Lunatic asylums in Bengal annual reports 1888-1898 - 1888-1898
Year: 1888
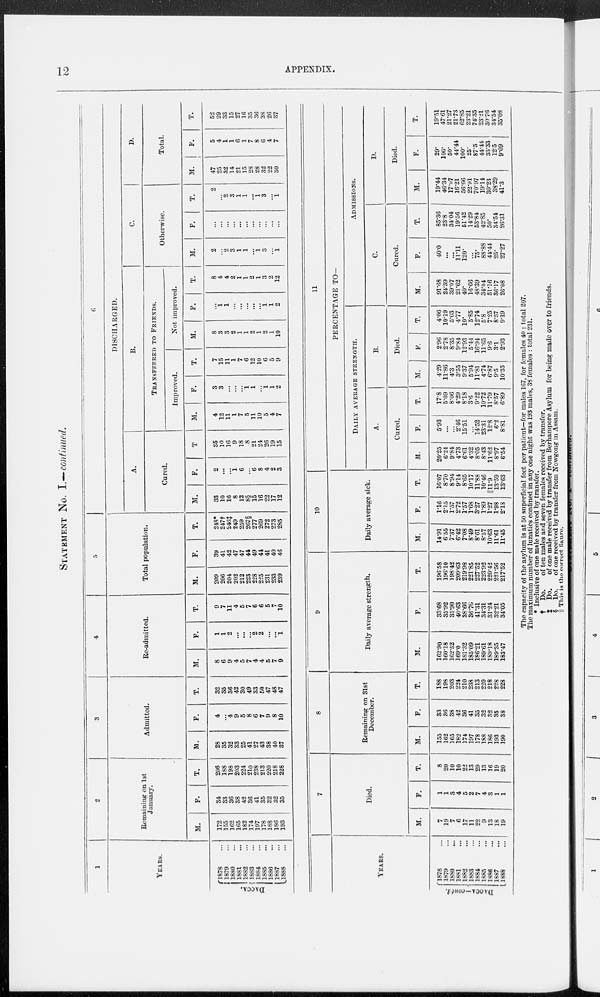
12
APPENDIX.
1
YEARS.
DACCA.
1878 ...
1879 ...
1880 ...
1881 ...
1882 ...
1883 ...
1884 ...
1885 ...
1886 ...
1887 ...
1888 ...
2
Remaining on 1st
January.
M.
172
155
162
165
182
174
197
178
188
186
193
F.
34
33
36
38
42
36
41
35
32
32
35
T.
206
188
198
203
224
210
238
213
220
218
228
3
Admitted.
M.
28
35
32
33
25
41
27
43
38
40
37
F.
4
...
4
9
5
8
6
7
9
8
10
T.
32
...
36
42
30
49
33
50
47
48
47
4
Re-admitted.
M.
8
6
9
4
5
7
4
4
5
7
9
F.
1
1
2
...
...
...
2
2
...
...
1
T.
9
7
11
4
5
7
6
6
5
7
10
5
Total population.
M.
209
206
204
202
212
223
228
225
231
233
239
F.
39
41
42
47
47
44
49
44
41
40
46
T.
248*
247†
246‡
249
259
267§
277
269
272
273
285
6
DISCHARGED.
A.
Cured.
M.
33
10
16
8
12
8§
15
16
22
17
12
F.
2
...
...
1
6
...
6
8
4
2
3
T
35
10
16
9
18
8
21
24
26
19
15
B.
TRANSFERRED TO FRIENDS.
Improved.
M.
4
12
11
1
7
5
11
10
5
4
7
F.
3
3
...
...
...
1
1
...
1
1
2
T.
7
15
11
1
7
6
12
10
6
5
9
Not improved.
M.
8
3
3
2
1
1
2
1
2
1
10
F.
...
1 1
...
...
...
...
...
1
1
2
T.
8
4
4
2
1
1
2
1
3
2
12
C.
Otherwise.
M.
2
...
2
3
1
1
...
1
3
...
1
F.
...
...
...
...
...
...
...
...
...
...
...
T.
2
...
2
3
1
1
...
1
3
...
1
D.
Total.
M.
47
25
32
14
21
15
28
28
32
22
30
F.
5
4
1
1
6
1
7
8
6
4
7
T.
52
29
33
15
27
16
35
36
38
26
37
YEARS.
DACCA—contd.
1878 ...
1879
...
1880
...
1881
...
1882
...
1883 ...
1884
...
1885
...
1886
...
1887
...
1888 ...
7
Died.
M.
7
19
7
6
17
11
22
9
13
18
19
F.
1
1
3
4
5
2
7
4
3
1
1
T.
8
20
10
10
22
13
29
13
16
19
20
8
Remaining on 31st
December.
M.
155
162
165
182
174
197
178
188
186
193
190
F.
33
36
38
42
36
41
35
32
32
35
38
T.
188
198
203
224
210
238
213
220
218
228
228
9
Daily average strength.
M.
162.90
160.18
162.52
169.0
181.32
185.09
186.21
189.61
189.18
189.35
183.47
F.
33.68
35.92
35.90
40.63
38.66
86.76
41.31
34.31
31.24
32.21
34.05
T.
196.58
196.10
198.42
209.63
219.98
221.85
227.52
223.92
220.42
221.56
217.52
10
Daily average sick.
M.
14.91
6.55
7.37
6.42
7.08
8.49
8.61
8.57
10.63
11.61
11.45
F.
1.16
2.15
1.57
2.72
1.57
1.68
3.27
1.89
1.27
1.98
2.13
T.
16.07
8.70
8.94
9.14
8.65
10.17
11.88
10.46
||11.9
13.59
13.63
11
PERCENTAGE TO—
DAILY AVERAGE STRENGTH.
A.
Cured.
M.
20.25
6.24
9.84
4.73
6.61
4.32
8.05
8.43
11.62
8.97
6.54
F.
5.93
...
...
2.46
15.51
...
14.52
23.31
12.8
6.2
8.81
T.
17.8
5.09
8.06
4.29
8.18
3.6
9.22
10.72
11.79
8.57
6.89
B.
Died.
M.
4.29
11.86
4.3
3.55
937
5.94
11.81
4.74
6.87
9.5
10.35
F.
2.96
2.78
8.35
9.84
12.93
5.44
16.94
11.65
9.6
3.1
2.93
T.
4.06
10.19
5.03
4.77
10.
5.85
12.74
5.8
7.25
8.57
9.19
ADMISSIONS.
C.
Cured.
M.
91.68
24.39
39.07
21.62
40.
16.66
48.39
34.04
51.16
36.17
26.08
F.
40.0
...
...
11.11
120.
...
75.
88.88
44.44
25.
27.27
T.
85.36
23.8
84.04
19.56
51.42
14.29
53.84
42.85
50.
34.54
26.31
D.
Died.
M.
19.44
46.34
17.07
16.21
56.66
22.91
70.97
19.14
30.2.
38.29
41.3
F.
29.
100.
50.
44.44
100.
25.
87.5
44.44
33.33
12.5
9.09
T.
19.51
47.61
21.27
21.73
62.85
23.21
74.35
23.21
30.76
34.54
35.08
The capacity of the asylum is at 50 superficial feet per patient—for males 167, for females 40 : total 207.
The maximum number of lunatics confined in any one night was 193 males, 38 females : total 231.
* Inclusive of one male received by transfer.
† Do.
of ten males and seven females received by transfer.
‡ Do.
of one male received by transfer from Berhampore Asylum for being made over to friends.
§ Do.
of one received by transfer from Nowgong in Assam.
|| This is the correct figure.